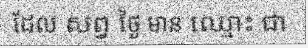
ដែល សព្វ ថ្ងៃ មាន ឈ្មោះ ជា